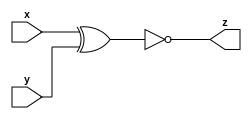
// Exercise 3-1-1-11: Simple Circuit B
module CktB (
    input x,
    input y,
    output z
);
    // From waveform: z = ~(x ^ y) (XNOR)
    assign z = ~(x ^ y);
endmodule